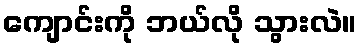
ကျောင်းကို ဘယ်လို သွားလဲ။